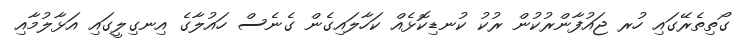
ގޯތިތެރޭގައި ހުރ ޖައުފާންރުކުން ރުކު ކުނޑިކޮޅެއް ކަހާލައިގެން ގެނެސް ހައުލާގެ އިނގިލީގައި އަޅާލުމާއި